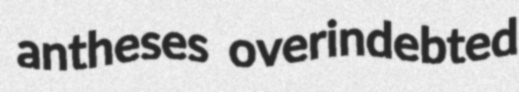
antheses overindebted